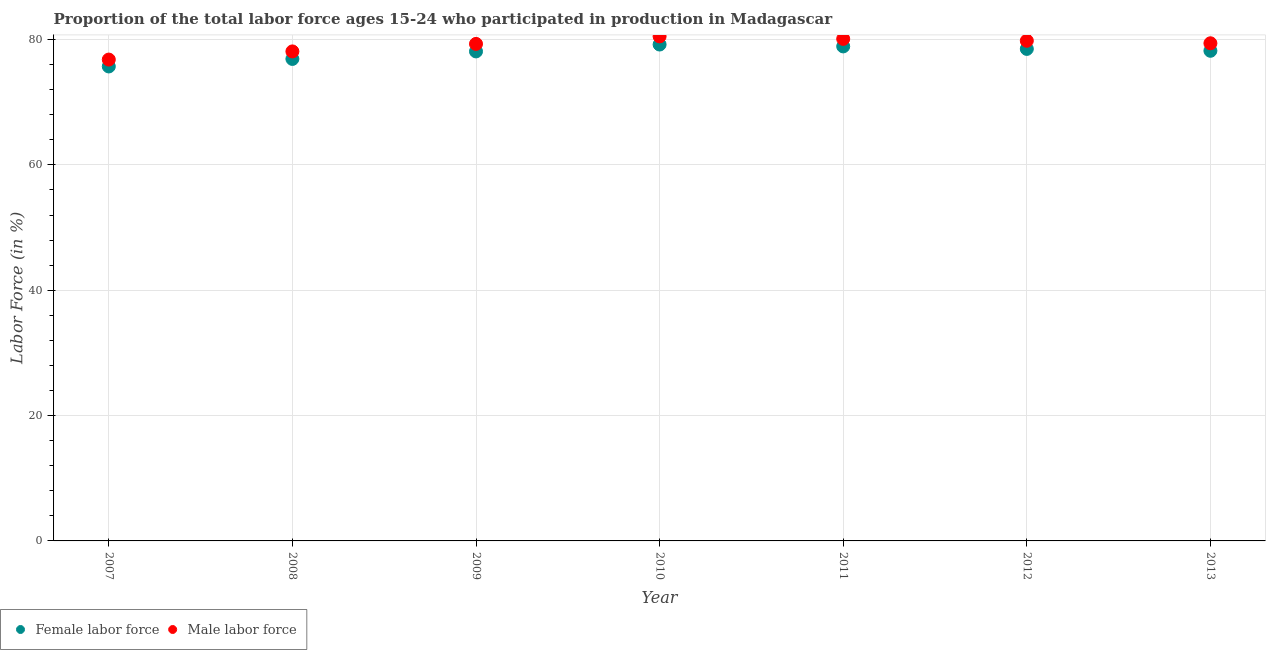
| Year | Female labor force | Male labor force |
 | --- | --- | --- |
 | 2007 | 75.7 | 76.8 |
 | 2008 | 76.9 | 78.1 |
 | 2009 | 78.1 | 79.3 |
 | 2010 | 79.2 | 80.5 |
 | 2011 | 78.9 | 80.1 |
 | 2012 | 78.5 | 79.8 |
 | 2013 | 78.2 | 79.4 |